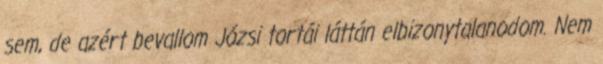
sem, de azért bevallom Józsi tortái láttán elbizonytalanodom. Nem